Report on vaccination in Madras 1904-1921 - 1904-1921
Year: 1904
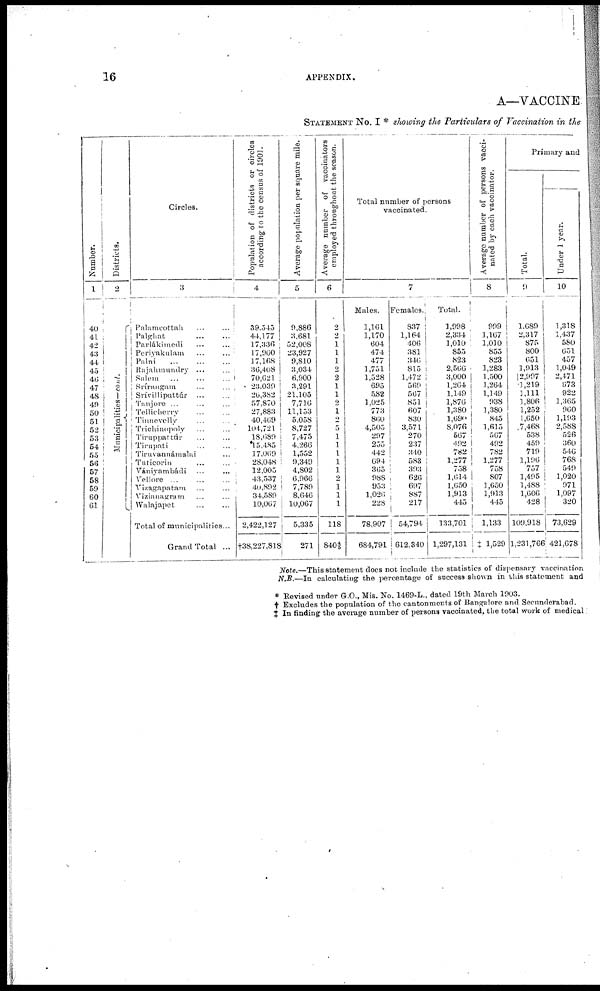
16
APPENDIX.
A—VACCINE
STATEMENT NO. I * showing the Particulars of Vaccination in the
Number.
1
40
41
42
43
44
45
46
47
48
49
50
51
52
53
54
55
56
57
58
59
60
61
Districts.
2
Municipalities—cont.
Circles.
Population of districts or circles
according; to the census of 1901.
3
Palamcottah ... ...
Palghat
...
...
Parlákimedi ... ...
Periyakulam ... ...
Palni
...
...
...
Rajahmundry ... ...
Salem
...
...
Srírangam ... ...
Srívilliputtúr ... ...
Tanjore ... ...
Tellicherry ... ...
Tinnevelly ... ...
Trichinopoly ... ...
Tiruppattúr ... ...
Tirupati ... ...
Tiruvannámalai ...
Tuticorin ... ...
Vánivambátli ... ...
Vellore ... ...
Vizagapatam ... ...
Vizianagram ... ...
Walajapet ... ...
Total of municipalities...
Grand Total ...
39,545
44,177
17,336
17,960
17,168
36,408
70,621
23,039
26,382
57,870
27,883
40,469
104,721
18,689
15,485
17,069
28,048
12,005
43,537
40,892
34,589
10,067
2,422,127
†38,227,818
Average population per square mile.
5
9,886
3,681
52,008
23,927
9,810
3,034
6,900
3,291
21,105
7,716
11,153
5,058
8,727
7,475
4,266
1,552
9,349
4,802
6,966
7,789
8,646
10,067
5,335
271
Average number of vaccinators
employed throughout the season.
6
2
2
1
1
1
2
2
1
1
2
1
2
5
1
1
1
1
1
2
1
1
1
118
840 4/5
Total number of persons
vaccinated.
7
Males.
1,161
1,170
604
474
477
1,751
1,528
695
582
1,025
773
860
4,505
297
255
442
694
365
988
953
1,026
228
78,907
684,791
Females.
837
1,164
406
381
346
815
1,472
569
567
851
607
830
3,571
270
237
340
583
393
626
697
887
217
54,794
612,340
Total.
1,998
2,334
1,010
855
823
2,566
3,000
1,264
1,149
1,876
1,380
1,690
8,076
567
492
782
1,277
758
1,614
1,650
1,913
445
133,701
1,297,131
Average number of persons vacci-
nated by each vaccinator.
8
999
1,167
1,010
855
823
1,283
1,500
1,264
1,149
938
1,380
845
1,615
567
492
782
1,277
758
807
1,650
1,913
445
1,133
‡ 1,529
Primary and
Total.
9
1,689
2,317
875
800
651
1,913
2,997
1,219
1,111
1,806
1,252
1,650
7,468
538
459
719
1,196
757
1,495
1,488
1,606
428
109,918
1,231,766
Under 1 year.
10
1,318
1,437
580
651
457
1,049
2,471
673
922
1,365
960
1,193
2,588
526
360
546
768
549
1,020
971
1,097
320
73,629
421,678
Note.—This statement does not include the statistics of dispensary vaccination
N.B.—In calculating the percentage of success shown in this statement and
* Revised under G.O., Mis. No. 1469-L., dated 19th March 1903.
† Excludes the population of the cantonments of Bangalore and Secunderabad.
‡ In finding the average number of persons vaccinated, the total work of medical.